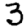
Digit: 3